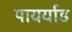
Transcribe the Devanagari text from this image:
पायर्याड